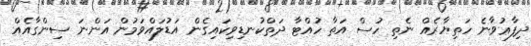
ދިފާޢުވާނެ ހަތިޔާރެއް ނެތި ހުސް އަތާ ހުއްޓާ ދަތްކުނޑިވިކައިގެން އަޑުލައްވަމުން އަންނަ ސިންގާއެއް